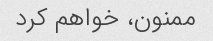
ممنون، خواهم کرد